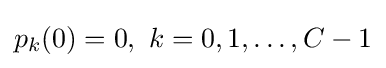
p_{k}(0)=0,\ k=0,1,\ldots ,C-1